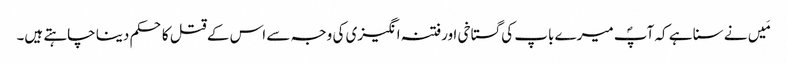
مَیں نے سنا ہے کہ آپؐ میرے باپ کی گستاخی اورفتنہ انگیزی کی وجہ سے اس کے قتل کا حکم دینا چاہتے ہیں۔